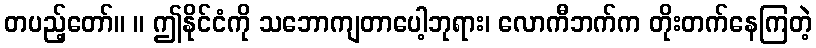
တပည့်တော်။ ။ ဤနိုင်ငံကို သဘောကျတာပေါ့ဘုရား၊ လောကီဘက်က တိုးတက်နေကြတဲ့